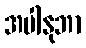
အပါနုဘာ